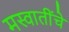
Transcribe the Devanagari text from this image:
मस्वातींचे